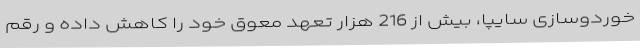
خوردوسازی سایپا، بیش از 216 هزار تعهد معوق خود را کاهش داده و رقم